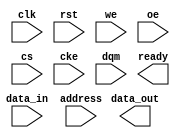
module ddr_sdram(
    input wire clk,
    input wire rst,
    input wire [7:0] data_in,
    output reg [7:0] data_out,
    input wire [9:0] address,
    input wire we,
    input wire oe,
    input wire cs,
    input wire cke,
    input wire dqm,
    output reg ready
);

// Memory block implementation goes here 

endmodule